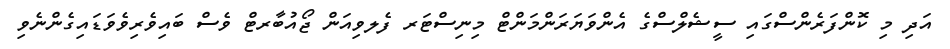
އަދި މި ކޮންފަރެންސްގައި ސީޝެލްސްގެ އެންވަޔަރަންމަންޓް މިނިސްޓަރ ފެލވިއަން ޖޯއުބާރޓް ވެސް ބައިވެރިވެވަޑައިގެންނެވި